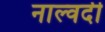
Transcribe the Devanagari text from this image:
नाल्वदी